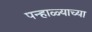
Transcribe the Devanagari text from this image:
पन्हाळ्याच्या